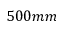
5 0 0 m m